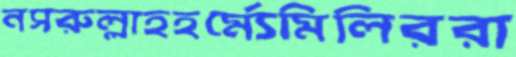
নসরুল্লাহহর্ম্যেমিলিররা